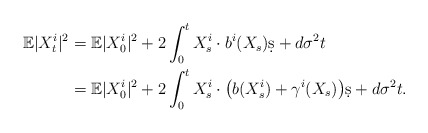
\begin{align*}\mathbb E|X_t^i|^2 & = \mathbb E|X_0^i|^2 + 2\int_0^t X_s^i\cdot b^i(X_s)\d s + d \sigma^2 t \\& = \mathbb E|X_0^i|^2 + 2\int_0^t X_s^i\cdot \big(b(X_s^i) + \gamma^i(X_s)\big)\d s + d\sigma^2 t.\end{align*}